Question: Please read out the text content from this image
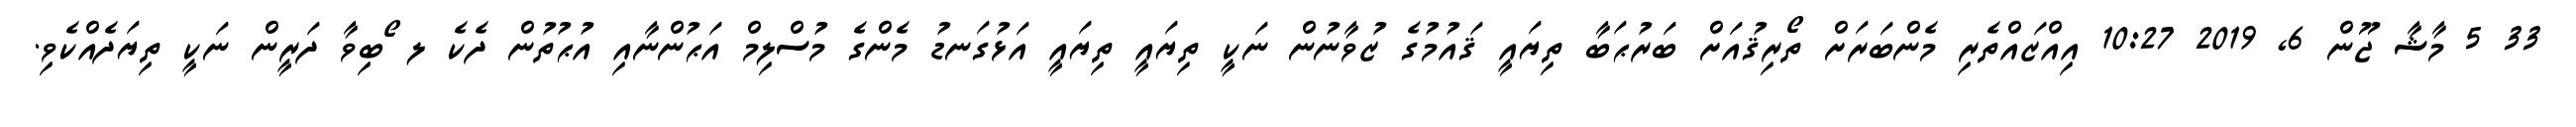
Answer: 33 5 މާޝާ ޖޫން 6, 2019 10:27 އިއްޒައްތެރި މެންބަރަށް ތޯރިޤުއަށް ބަރުޙަބާ ތިޔައީ ޤައުމުގެ ޒުވާނުން ނަކީ ތިޔައީ ތިޔައީ އަޅުގަނޑު މެންގެ މުސްލިމް އަޙުންނާއި އުޙުތުން ދެކެ ލ ޯބިވާ ދަރީން ނަކީ ތިޔަދެއްކެވި.